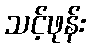
သင့်ဖုန်း